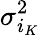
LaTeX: \sigma_{i_{K}}^{2}